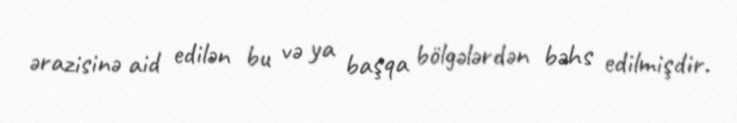
ərazisinə aid edilən bu və ya başqa bölgələrdən bəhs edilmişdir.